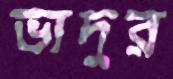
ভাদুর